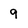
Character: 9